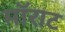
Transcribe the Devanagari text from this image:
मॉराट